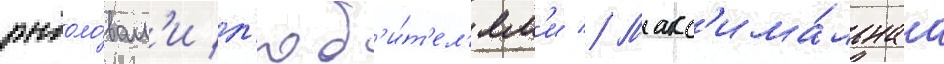
рыболо́вам'и л'юб'и́т'ел'ям'и // Макс'има́льнаа